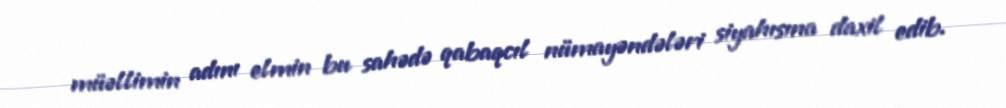
müəllimin adını elmin bu sahədə qabaqcıl nümayəndələri siyahısına daxil edib.